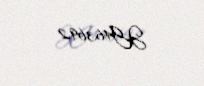
JG463692